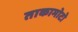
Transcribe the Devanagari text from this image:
ताकामोटो